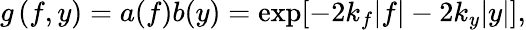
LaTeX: g\left(f,y\right)=a(f)b(y)=\exp[-2k_{f}|f|-2k_{y}|y|],